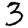
Digit: 3